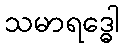
သမာရဒ္ဓေါ